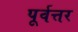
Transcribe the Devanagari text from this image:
पूर्वत्तर